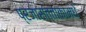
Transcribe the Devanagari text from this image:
प्रजासत्ताकामधे